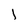
Character: l